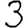
Digit: 3